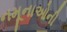
નમૂનાઓની